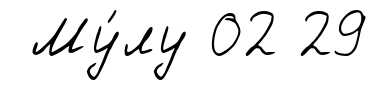
Му́лу 02 29